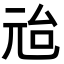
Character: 兘